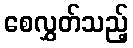
စေလွှတ်သည့်